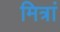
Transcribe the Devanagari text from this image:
मित्रां